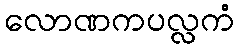
လောဏကပလ္လကံ